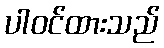
ပါဝင်ထားသည်